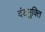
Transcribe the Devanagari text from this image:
दंडभुक्ति